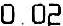
0.02